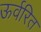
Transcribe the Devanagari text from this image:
ऊर्वरित